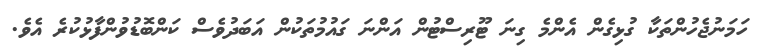
ހަމަނުޖެހުންތަކާ ގުޅިގެން އެންމެ ގިނަ ޓޫރިސްޓުން އަންނަ ގައުމުތަކުން އަބަދުވެސް ކަންބޮޑުވުންފާޅުކުރެ އެވެ.